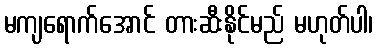
မကျရောက်အောင် တားဆီးနိုင်မည် မဟုတ်ပါ၊